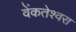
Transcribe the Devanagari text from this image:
वेंकतेश्वरा